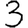
Digit: 3